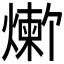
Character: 𬋆